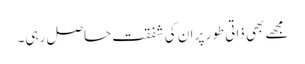
مجھے بھی ذاتی طور پر ان کی شفقت حاصل رہی۔